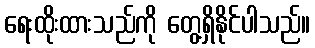
ရေးထိုးထားသည်ကို တွေ့ရှိနိုင်ပါသည်။